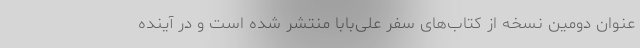
عنوان دومین نسخه از کتاب‌های سفر علی‌بابا منتشر شده ‌است و در آینده